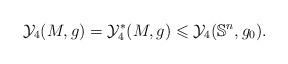
LaTeX: \begin{align*}\mathcal{Y}_4(M, g)=\mathcal{Y}_4^*(M, g) \leqslant \mathcal{Y}_4(\mathbb{S}^n,g_0).\end{align*}